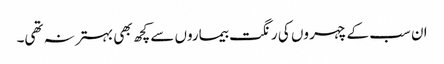
ان سب کے چہر وں کی رنگت بیماروں سے کچھ بھی بہتر نہ تھی۔